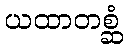
ယထာတစ္ဆံ